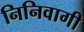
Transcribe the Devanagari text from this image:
निनिवागी